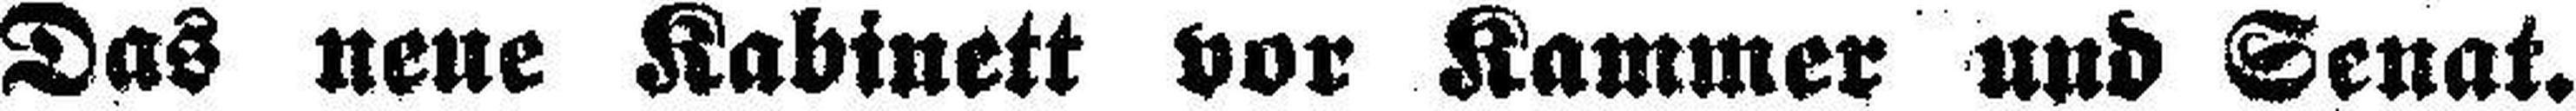
Das neue Kabinett vor Kammer und Senat.